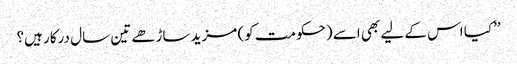
’’کیا اس کے لیے بھی اسے (حکومت کو) مزید ساڑھے تین سال درکار ہیں؟